Vaccination report Assam 1874-1896 - 1874-1896
Year: 1874
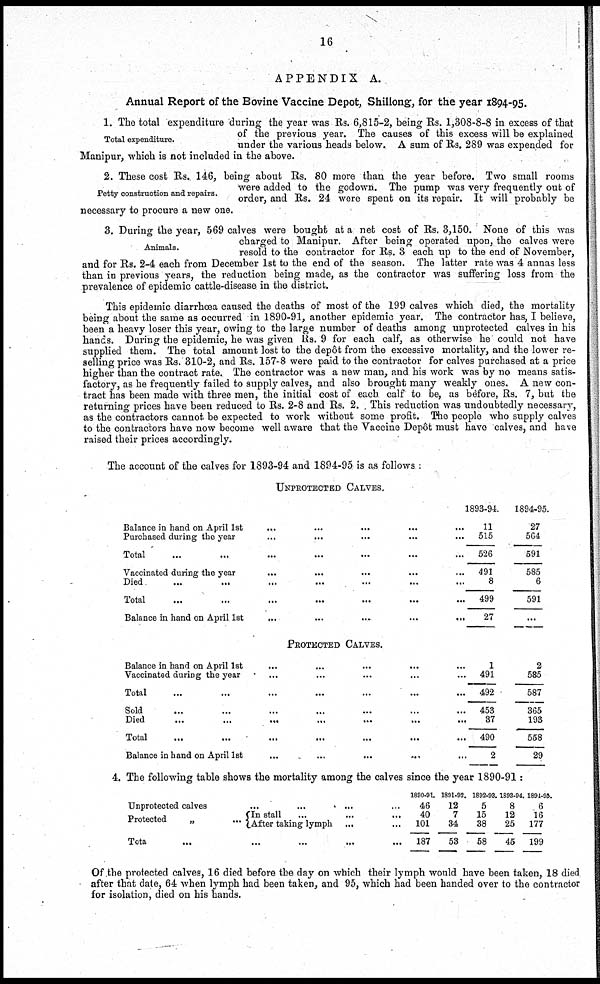
16
APPENDIX A.
Annual Report of the Bovine Vaccine Depot, Shillong, for the year 1894-95.
Total expenditure.
1. The total expenditure during the year was Rs. 6,815-2, being Rs. 1,308-8-8 in excess of that
of the previous year. The causes of this excess will be explained
under the various heads below. A sum of Rs. 289 was expended for
Manipur, which is not included in the above.
Petty construction and repairs.
2. These cost Rs. 146, being about Rs. 80 more than the year before. Two small rooms
were added to the godown. The pump was very frequently out of
order, and Rs. 24 were spent on its repair. It will probably be
necessary to procure a new one.
Animals.
3. During the year, 569 calves were bought at a net cost of Rs. 3,150. None of this was
charged to Manipur. After being operated upon, the calves were
resold to the contractor for Rs. 3 each up to the end of November,
and for Rs. 2-4 each from December 1st to the end of the season. The latter rate was 4 annas less
than in previous years, the reduction being made, as the contractor was suffering loss from the
prevalence of epidemic cattle-disease in the district.
This epidemic diarrhoea caused the deaths of most of the 199 calves which died, the mortality
being about the same as occurred in 1890-91, another epidemic year. The contractor has, I believe,
been a heavy loser this year, owing to the large number of deaths among unprotected calves in his
hands. During the epidemic, he was given Rs. 9 for each calf, as otherwise he could not have
supplied them. The total amount lost to the depôt from the excessive mortality, and the lower re-
selling price was Rs. 310-2, and Rs. 157-8 were paid to the contractor for calves purchased at a price
higher than the contract rate. The contractor was a new man, and his work was by no means satis-
factory, as he frequently failed to supply calves, and also brought many weakly ones. A new con-
tract has been made with three men, the initial cost of each calf to be, as before, Rs. 7, but the
returning prices have been reduced to Rs. 2-8 and Rs. 2. . This reduction was undoubtedly necessary,
as the contractors cannot be expected to work without some profit. The people who supply calves
to the contractors have now become well aware that the Vaccine depôt must have calves, and have
raised their prices accordingly.
The account of the calves for 1893-94 and 1894-95 is as follows :
UNPROTECTED CALVES.
Balance in hand on April 1st
...
...
...
...
...
Purchased during the year ... ... ... ... ...
Total ... ... ... ... ...
Vaccinated during the year ... ... ... ... ...
Died ... ... ... ... ...
Total ... ... ... ... ...
Balance in hand on April 1st
...
...
...
...
...
1893-94.
11
515
526
491
8
499
27
1894-95.
27
564
591
585
6
591
...
PROTECTED CALVES.
Balance in hand on April 1st ... ... ... ... ...
Vaccinated during the year ... ... ... ... ...
Total ... ... ... ... ...
Sold ... ... ... ... ...
Died
...
...
...
...
...
Total ... ... ... ... ...
Balance in hand on April 1st ... ... ... ... ...
1
491
492
453
37
490
2
2
585
587
365
193
558
29
4. The following table shows the mortality among the calves since the year 1890-91:
Unprotected calves
...
...
...
...
...
Protected
„
... In stall ... ... ...
After taking lymph ... ...
Total... ... ... ... ...
1890-91.
46
40
101
187
1891-92.
12
7
34
53
1892-93.
5
15
38
58
1893-94.
8
12
25
45
1894-95.
6
16
177
199
Of the protected calves, 16 died before the day on which their lymph would have been taken, 18 died
after that date, 64 when lymph had been taken, and 95, which had been handed over to the contractor
for isolation, died on his hands.